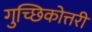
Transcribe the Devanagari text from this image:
गुच्छिकोत्तरी